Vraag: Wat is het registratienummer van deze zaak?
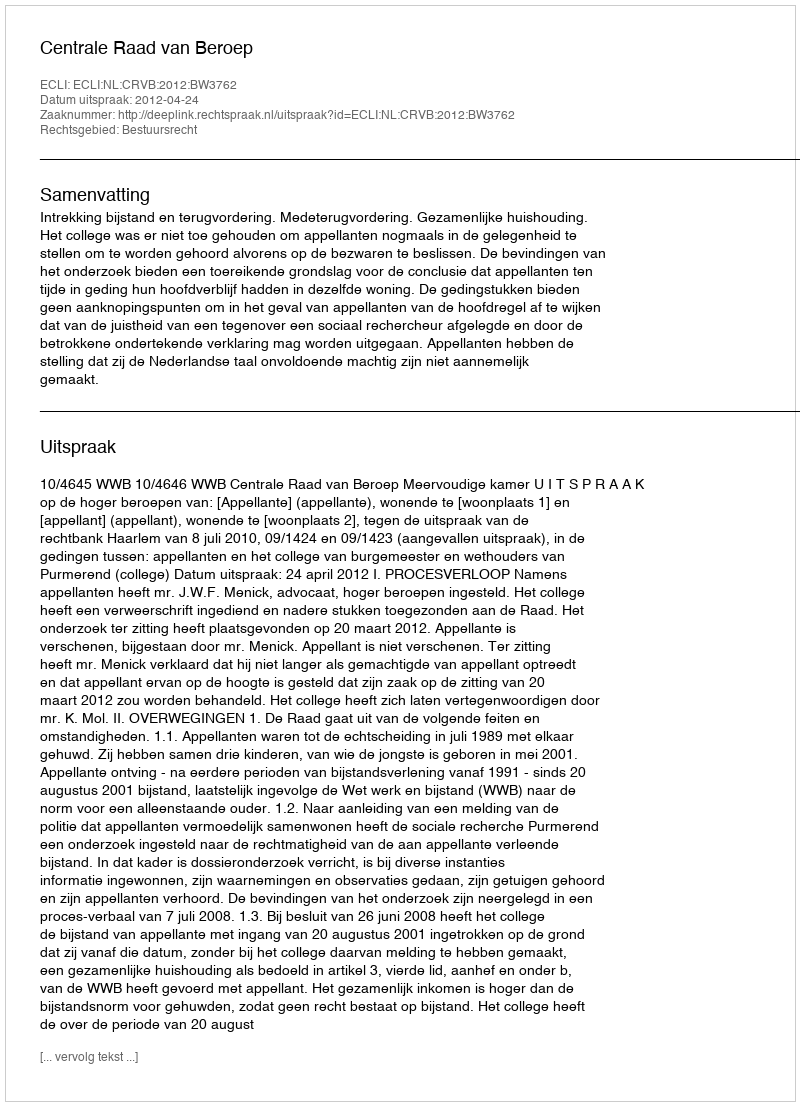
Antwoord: http://deeplink.rechtspraak.nl/uitspraak?id=ECLI:NL:CRVB:2012:BW3762